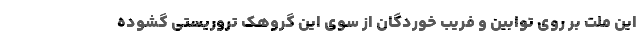
این ملت بر روی توابین و فریب خوردگان از سوی این گروهک تروریستی گشوده